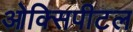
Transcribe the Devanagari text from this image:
ओक्सिपीटल